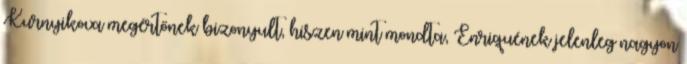
Kurnyikova megértőnek bizonyult, hiszen mint mondta, Enriquének jelenleg nagyon